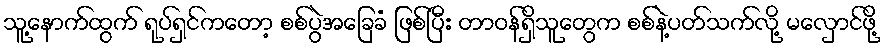
သူ့နောက်ထွက် ရုပ်ရှင်ကတော့ စစ်ပွဲအခြေခံ ဖြစ်ပြီး တာဝန်ရှိသူတွေက စစ်နဲ့ပတ်သက်လို့ မလှောင်ဖို့